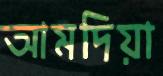
আমদিয়া